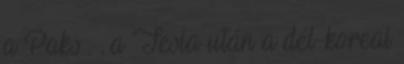
a Paks . , a Tesla után a dél-koreai